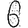
Digit: 6